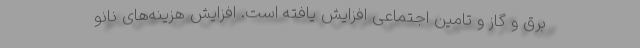
برق و گاز و تامین اجتماعی افزایش یافته است. افزایش هزینه‌های نانو